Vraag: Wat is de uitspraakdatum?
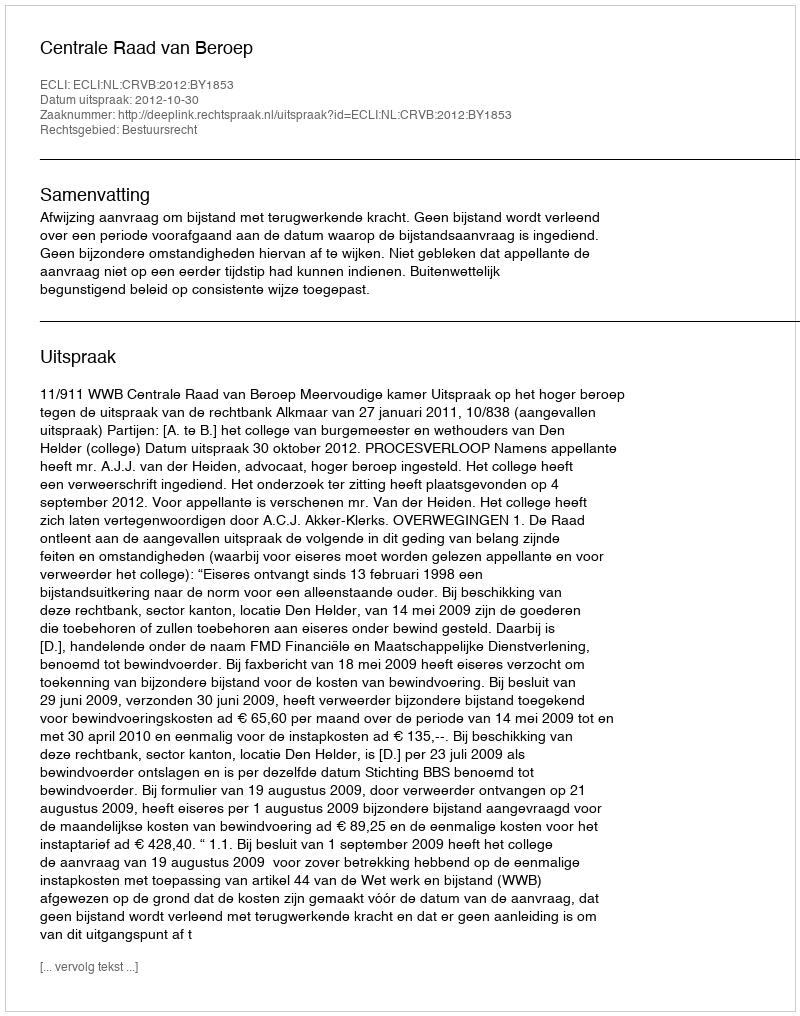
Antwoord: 2012-10-30